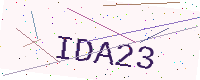
Text: IDA23